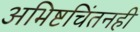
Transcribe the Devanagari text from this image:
अभिष्टचिंतनही